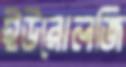
ইউরোলজি